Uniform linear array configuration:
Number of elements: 12
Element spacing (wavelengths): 0.75
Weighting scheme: hann
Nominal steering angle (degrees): -15
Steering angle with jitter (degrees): -14.204
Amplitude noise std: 0.05
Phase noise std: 0.05

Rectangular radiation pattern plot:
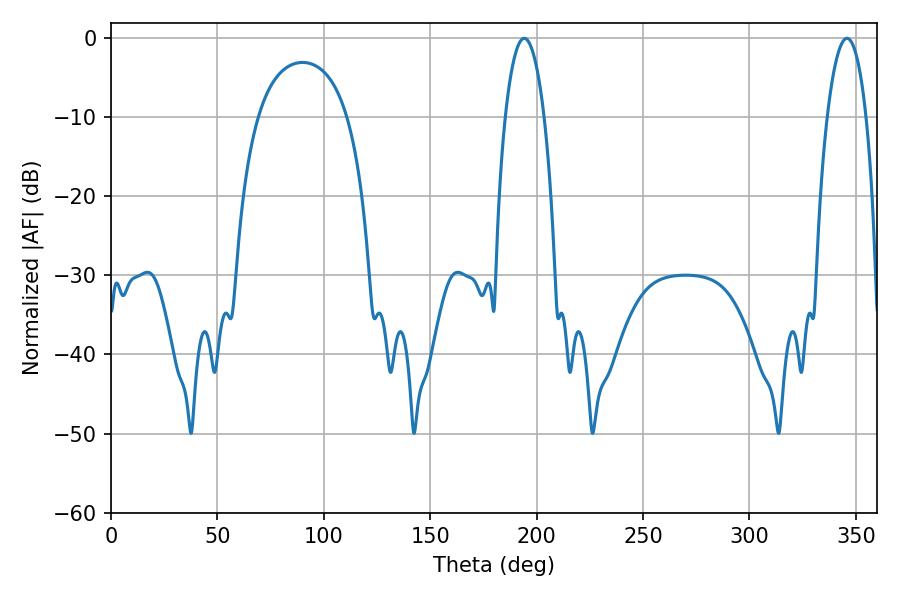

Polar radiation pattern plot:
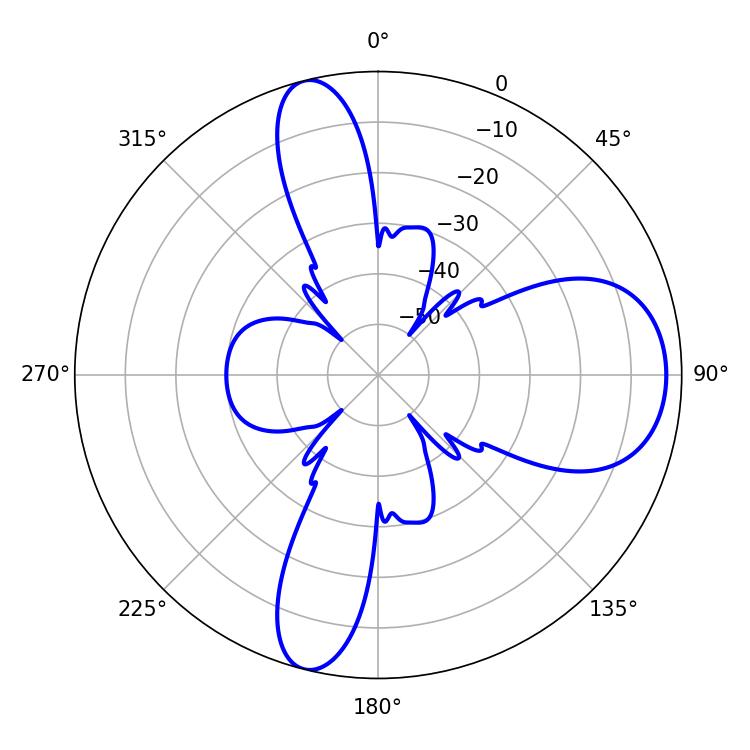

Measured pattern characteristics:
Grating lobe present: TRUE
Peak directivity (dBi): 10.933
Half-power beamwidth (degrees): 10.08
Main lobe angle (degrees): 194.22